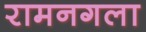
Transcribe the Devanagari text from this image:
रामनगला